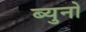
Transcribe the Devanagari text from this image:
ब्युनो